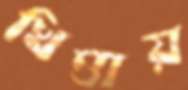
খিত্তায়